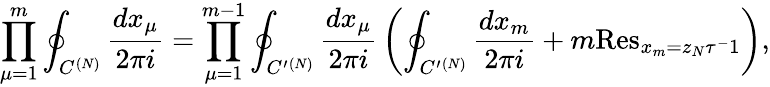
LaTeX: \displaystyle\prod_{\mu=1}^{m}\oint_{C^{(N)}}{\frac{dx_{\mu}}{2\pi i}}=\displaystyle\prod_{\mu=1}^{m-1}\oint_{C^{\prime}{}^{(N)}}{\frac{dx_{\mu}}{2\pi i}}\left(\oint_{C^{\prime}{}^{(N)}}{\frac{dx_{m}}{2\pi i}}+m\mathrm{Res}_{x_{m}=z_{N}\tau^{-}1}\right),